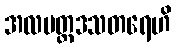
အလမတ္ထဒသတရေဟိ